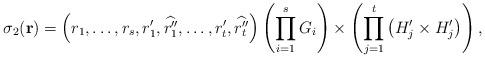
LaTeX: \begin{align*}\sigma_2(\textbf{r})=\left(r_1,\ldots,r_s,r_1',\widehat{r_1''},\ldots,r_t',\widehat{r_t''}\right) \left(\prod_{i=1}^sG_i\right)\times\left(\prod_{j=1}^t\left(H'_j\times H'_j\right)\right),\end{align*}